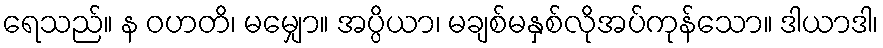
ရေသည်။ န ဝဟတိ၊ မမျှော။ အပ္ပိယာ၊ မချစ်မနှစ်လိုအပ်ကုန်သော။ ဒါယာဒါ၊